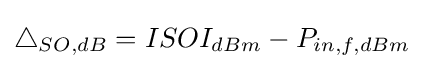
\bigtriangleup _{SO,dB}=ISOI_{dBm}-P_{in,f,dBm}